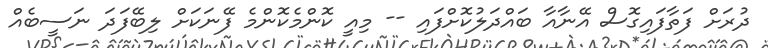
ދުރަށް ފަތާފައިގޮސް އޭނާއާ ބައްދަލުކޮށްފައި -- މިއީ ކޮންމެކޮންމެ ފޭނަކަށް ލިބޭފަދަ ނަސީބެއް